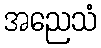
အညေသံ